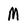
Character: M